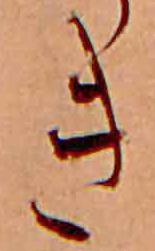
き